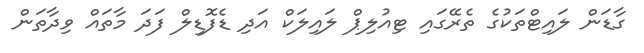
ގާޑަން ލައިޓްތަކުގެ ތެރޭގައި ޓިއުލިޕް ލައިލަކް އަދި ޑެފޮޑިލް ފަދަ މާތައް ވިދާތަން